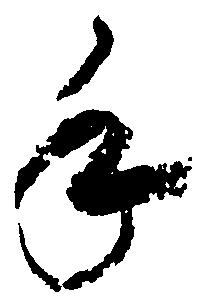
手